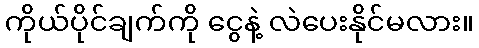
ကိုယ်ပိုင်ချက်ကို ငွေနဲ့ လဲပေးနိုင်မလား။